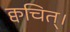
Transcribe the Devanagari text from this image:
क्वचित्‌।